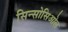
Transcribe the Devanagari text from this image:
सिन्सोसिओल